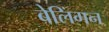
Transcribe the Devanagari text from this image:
बेलिंगन